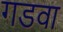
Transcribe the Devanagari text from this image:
गडवा